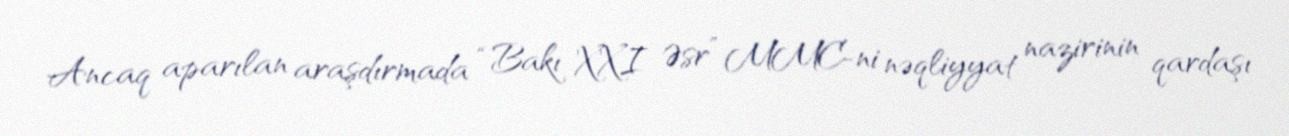
Ancaq aparılan araşdırmada “Bakı XXI Əsr” MMC-ni nəqliyyat nazirinin qardaşı